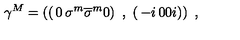
\gamma ^ { M } = \left( \left( \begin{matrix} { 0 } & { \sigma ^ { m } } \\ { \overline { { \sigma } } ^ { m } } & { 0 } \\ \end{matrix} \right) \ , \ \left( \begin{matrix} { - i } & { 0 } \\ { 0 } & { i } \\ \end{matrix} \right) \right) \ ,